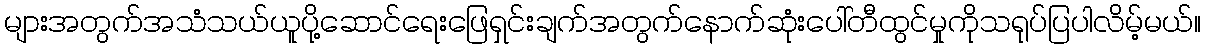
များအတွက်အသံသယ်ယူပို့ဆောင်ရေးဖြေရှင်းချက်အတွက်နောက်ဆုံးပေါ်တီထွင်မှုကိုသရုပ်ပြပါလိမ့်မယ်။